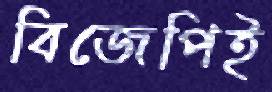
বিজেপিই